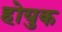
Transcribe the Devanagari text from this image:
होयुक